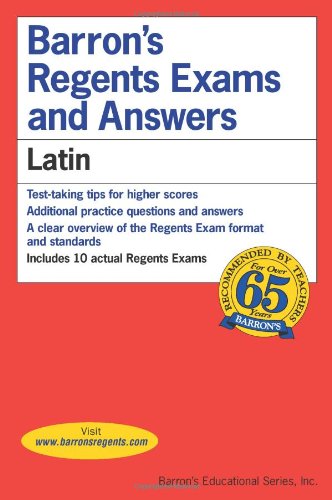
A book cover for Latin (Barron's Regents Exams and Answers); Larkin; Test Preparation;